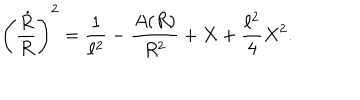
\left( { \frac { \dot { R } } { R } } \right) ^ { 2 } = { \frac { 1 } { \ell ^ { 2 } } } - { \frac { A ( R ) } { R ^ { 2 } } } + X + { \frac { \ell ^ { 2 } } { 4 } } X ^ { 2 } .